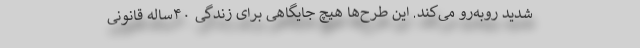
شدید روبه‌رو می‌کند. این طرح‌ها هیچ جایگاهی برای زندگی ۴۰ساله قانونی